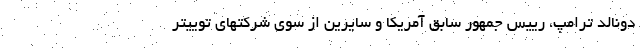
دونالد ترامپ، رییس جمهور سابق آمریکا و سایرین از سوی شرکتهای توییتر